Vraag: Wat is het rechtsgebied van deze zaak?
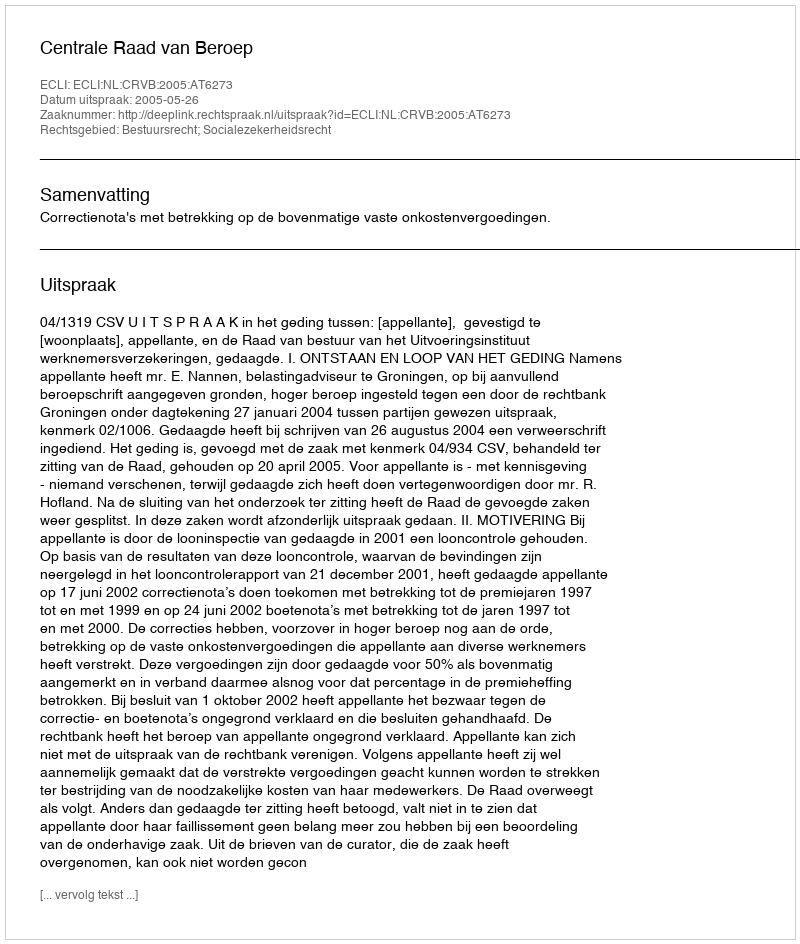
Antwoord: Bestuursrecht; Socialezekerheidsrecht